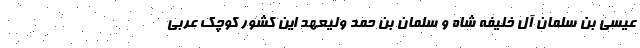
عیسی بن سلمان آل خلیفه شاه و سلمان بن حمد ولیعهد این کشور کوچک عربی